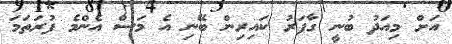
އަށް މިއަދު ބުނީ ގާފަރު ކައިރިން ބޭނި އެ މަސް އެންމެ ފުރަތަމަ